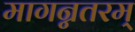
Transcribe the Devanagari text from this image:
मागन्नतरम्